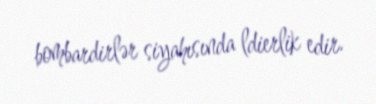
bombardirlər siyahısında ldierlik edir.